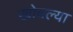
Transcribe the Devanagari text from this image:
खोचल्या